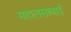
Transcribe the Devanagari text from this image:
महालसाबाई